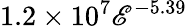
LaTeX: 1.2\times10^{7}\mathscr{E}^{-5.39}